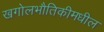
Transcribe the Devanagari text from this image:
खगोलभौतिकीमधील